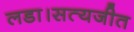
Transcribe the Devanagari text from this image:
लडा।सत्यजीत